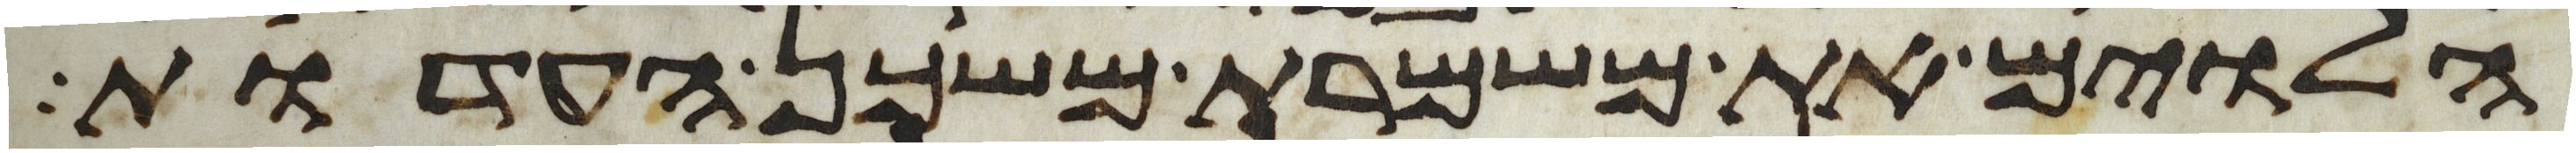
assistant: הלוים את משמרת משכן העדות